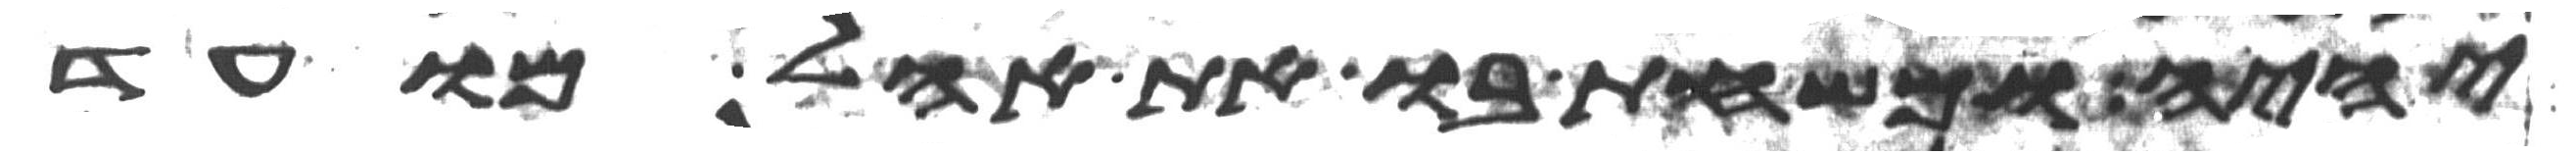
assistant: יהיה ומשחת בו את אהל מועד